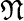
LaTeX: \mathfrak{N}